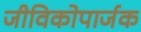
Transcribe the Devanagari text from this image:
जीविकोपार्जक